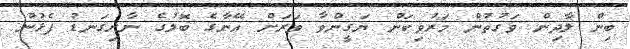
ބިން ލާދިން ވަގުތުން މަރުވިކަން ޔަގީންވާ ވަރަށް އޭނާގެ ބޮލުގެ ނާށިގަނޑު ފެޅުނު